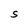
Character: S